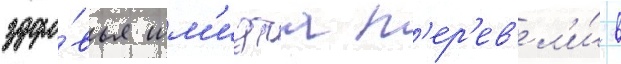
здоро́вья шм'идта п'ер'ев'ел'и́ в